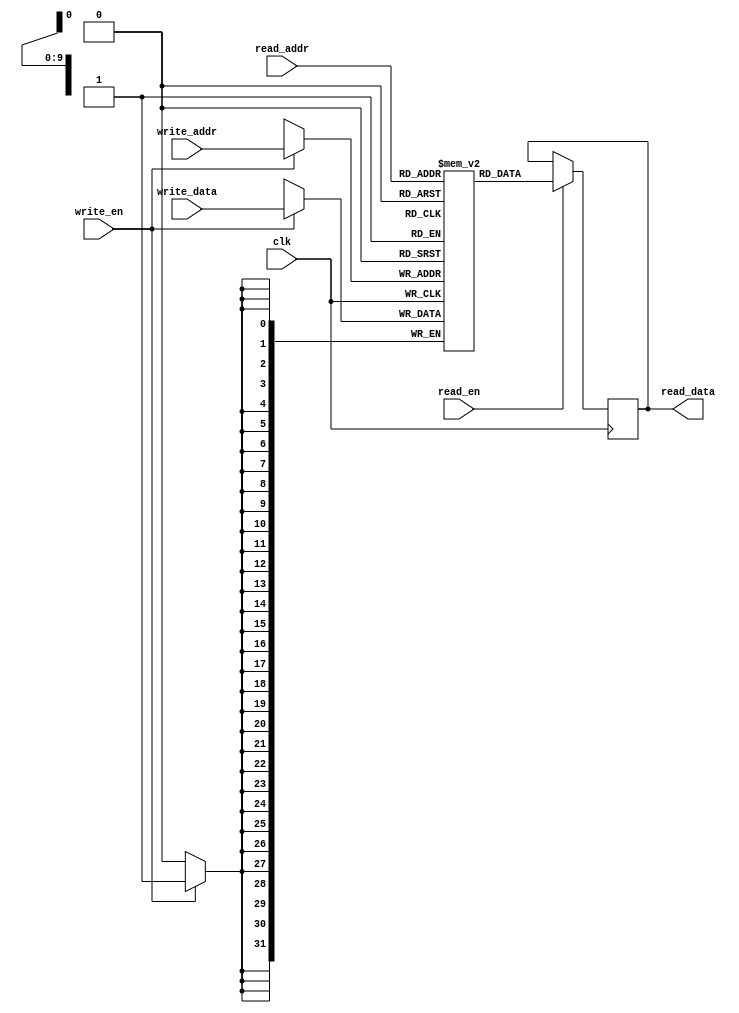
module dual_port_ram (
    input wire clk,
    input wire [31:0] write_data,
    input wire [9:0] write_addr,
    input wire write_en,
    input wire [9:0] read_addr,
    input wire read_en,
    output reg [31:0] read_data
);

reg [31:0] ram [0:1023];

always @(posedge clk) begin
    if (write_en) begin
        ram[write_addr] <= write_data;
    end
end

always @(posedge clk) begin
    if (read_en) begin
        read_data <= ram[read_addr];
    end
end

endmodule